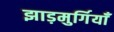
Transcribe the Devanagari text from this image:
झाड़मुर्गियाँ